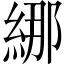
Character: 𦀨